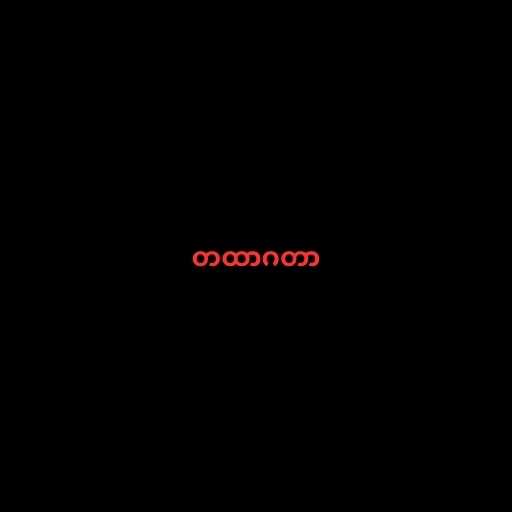
တထာဂတာ